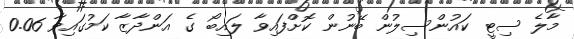
މާލެ ސިޓީ ކައުންސިލުން ބޭނުން ކޮށްފައިވާ ލައިބޯ ގެ އަންދާޒާ ކަމުގައިވާ 0.06